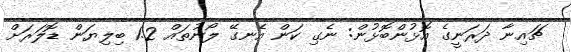
ޗައިނާ ދަރަނީގެ އޮޅުންބޮޅުން: ނެގި ކަން އެނގޭ ލޯނުތައް 1.2 ބިލިޔަން ޑޮލަރަށް